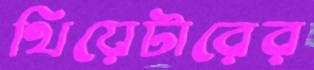
থিয়েটারের